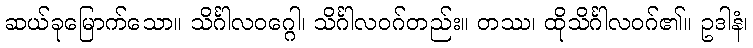
ဆယ်ခုမြောက်သော။ သိင်္ဂါလဝဂ္ဂေါ၊ သိင်္ဂါလဝဂ်တည်း။ တဿ၊ ထိုသိင်္ဂါလဝဂ်၏။ ဥဒါနံ၊